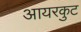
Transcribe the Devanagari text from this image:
आयरकुट